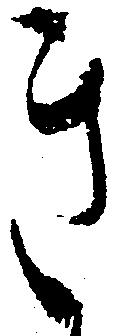
き